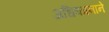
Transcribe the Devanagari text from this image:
अधिष्ठानाने